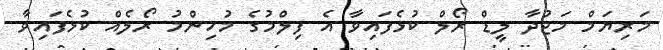
މަރިޔަމް މަޖުދާ ލީޑް ރޯލް ކުޅެފައިވާ އެ ފިލްމުގެ މުހިންމު ރޯލެއް ކުޅެފައިވާ